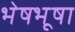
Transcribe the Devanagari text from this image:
भेषभूषा